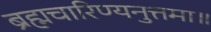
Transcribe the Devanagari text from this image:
ब्रह्मचारिण्यनुत्तमा॥